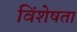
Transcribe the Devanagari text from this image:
विंशेषता